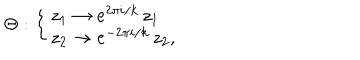
LaTeX: \Theta : \left\{ \left\{ \begin{cases} { { z _ { 1 } \to e ^ { 2 \pi i / k } \, z _ { 1 } } } \\ { { z _ { 2 } \to e ^ { - 2 \pi i / k } \, z _ { 2 } , } } \\ \end{cases} \right. \right.